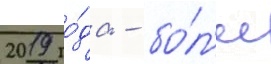
2019 го́да - бо́л'ее